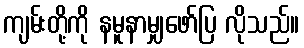
ကျမ်းတို့ကို နမူနာမျှဖော်ပြ လိုသည်။